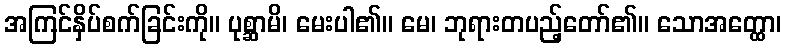
အကြင်နှိပ်စက်ခြင်းကို။ ပုစ္ဆာမိ၊ မေးပါ၏။ မေ၊ ဘုရားတပည့်တော်၏။ သောအတ္ထော၊